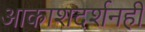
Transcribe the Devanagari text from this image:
आकाशदर्शनही